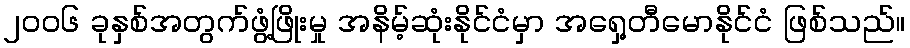
၂၀၀၆ ခုနှစ်အတွက်ဖွံ့ဖြိုးမှု အနိမ့်ဆုံးနိုင်ငံမှာ အရှေ့တီမောနိုင်ငံ ဖြစ်သည်။